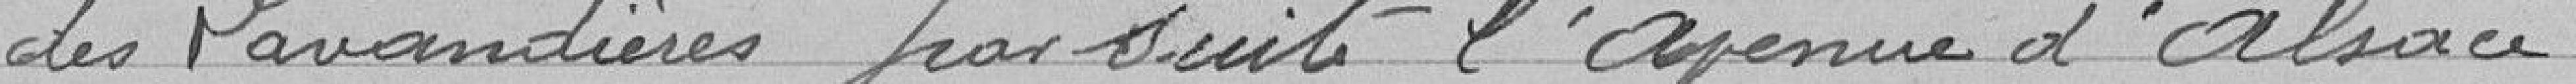
des Lavandières par suite l'Avenue d'Alsace.